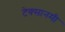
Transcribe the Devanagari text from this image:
टेक्सानमी